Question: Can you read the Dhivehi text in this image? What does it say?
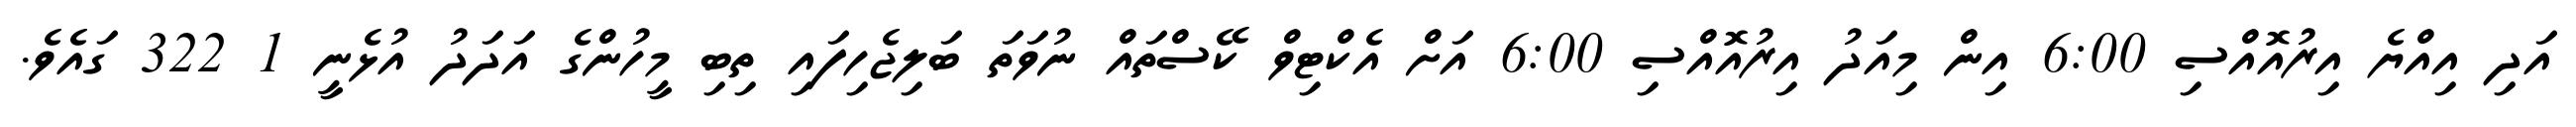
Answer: އަދި އިއްޔެ އިރުއޮއްސި 6:00 އިން މިއަދު އިރުއޮއްސި 6:00 އަށް އެކްޓިވް ކޭސްތައް ނުވަތަ ބަލިޖެހިފައި ތިބި މީހުންގެ އަދަދު އުޅެނީ 1 322 ގައެވެ.